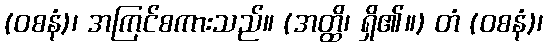
(ဝစနံ)၊ အကြင်စကားသည်။ (အတ္ထိ၊ ရှိ၏။) တံ (ဝစနံ)၊